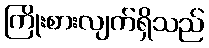
ကြိုးစားလျက်ရှိသည်